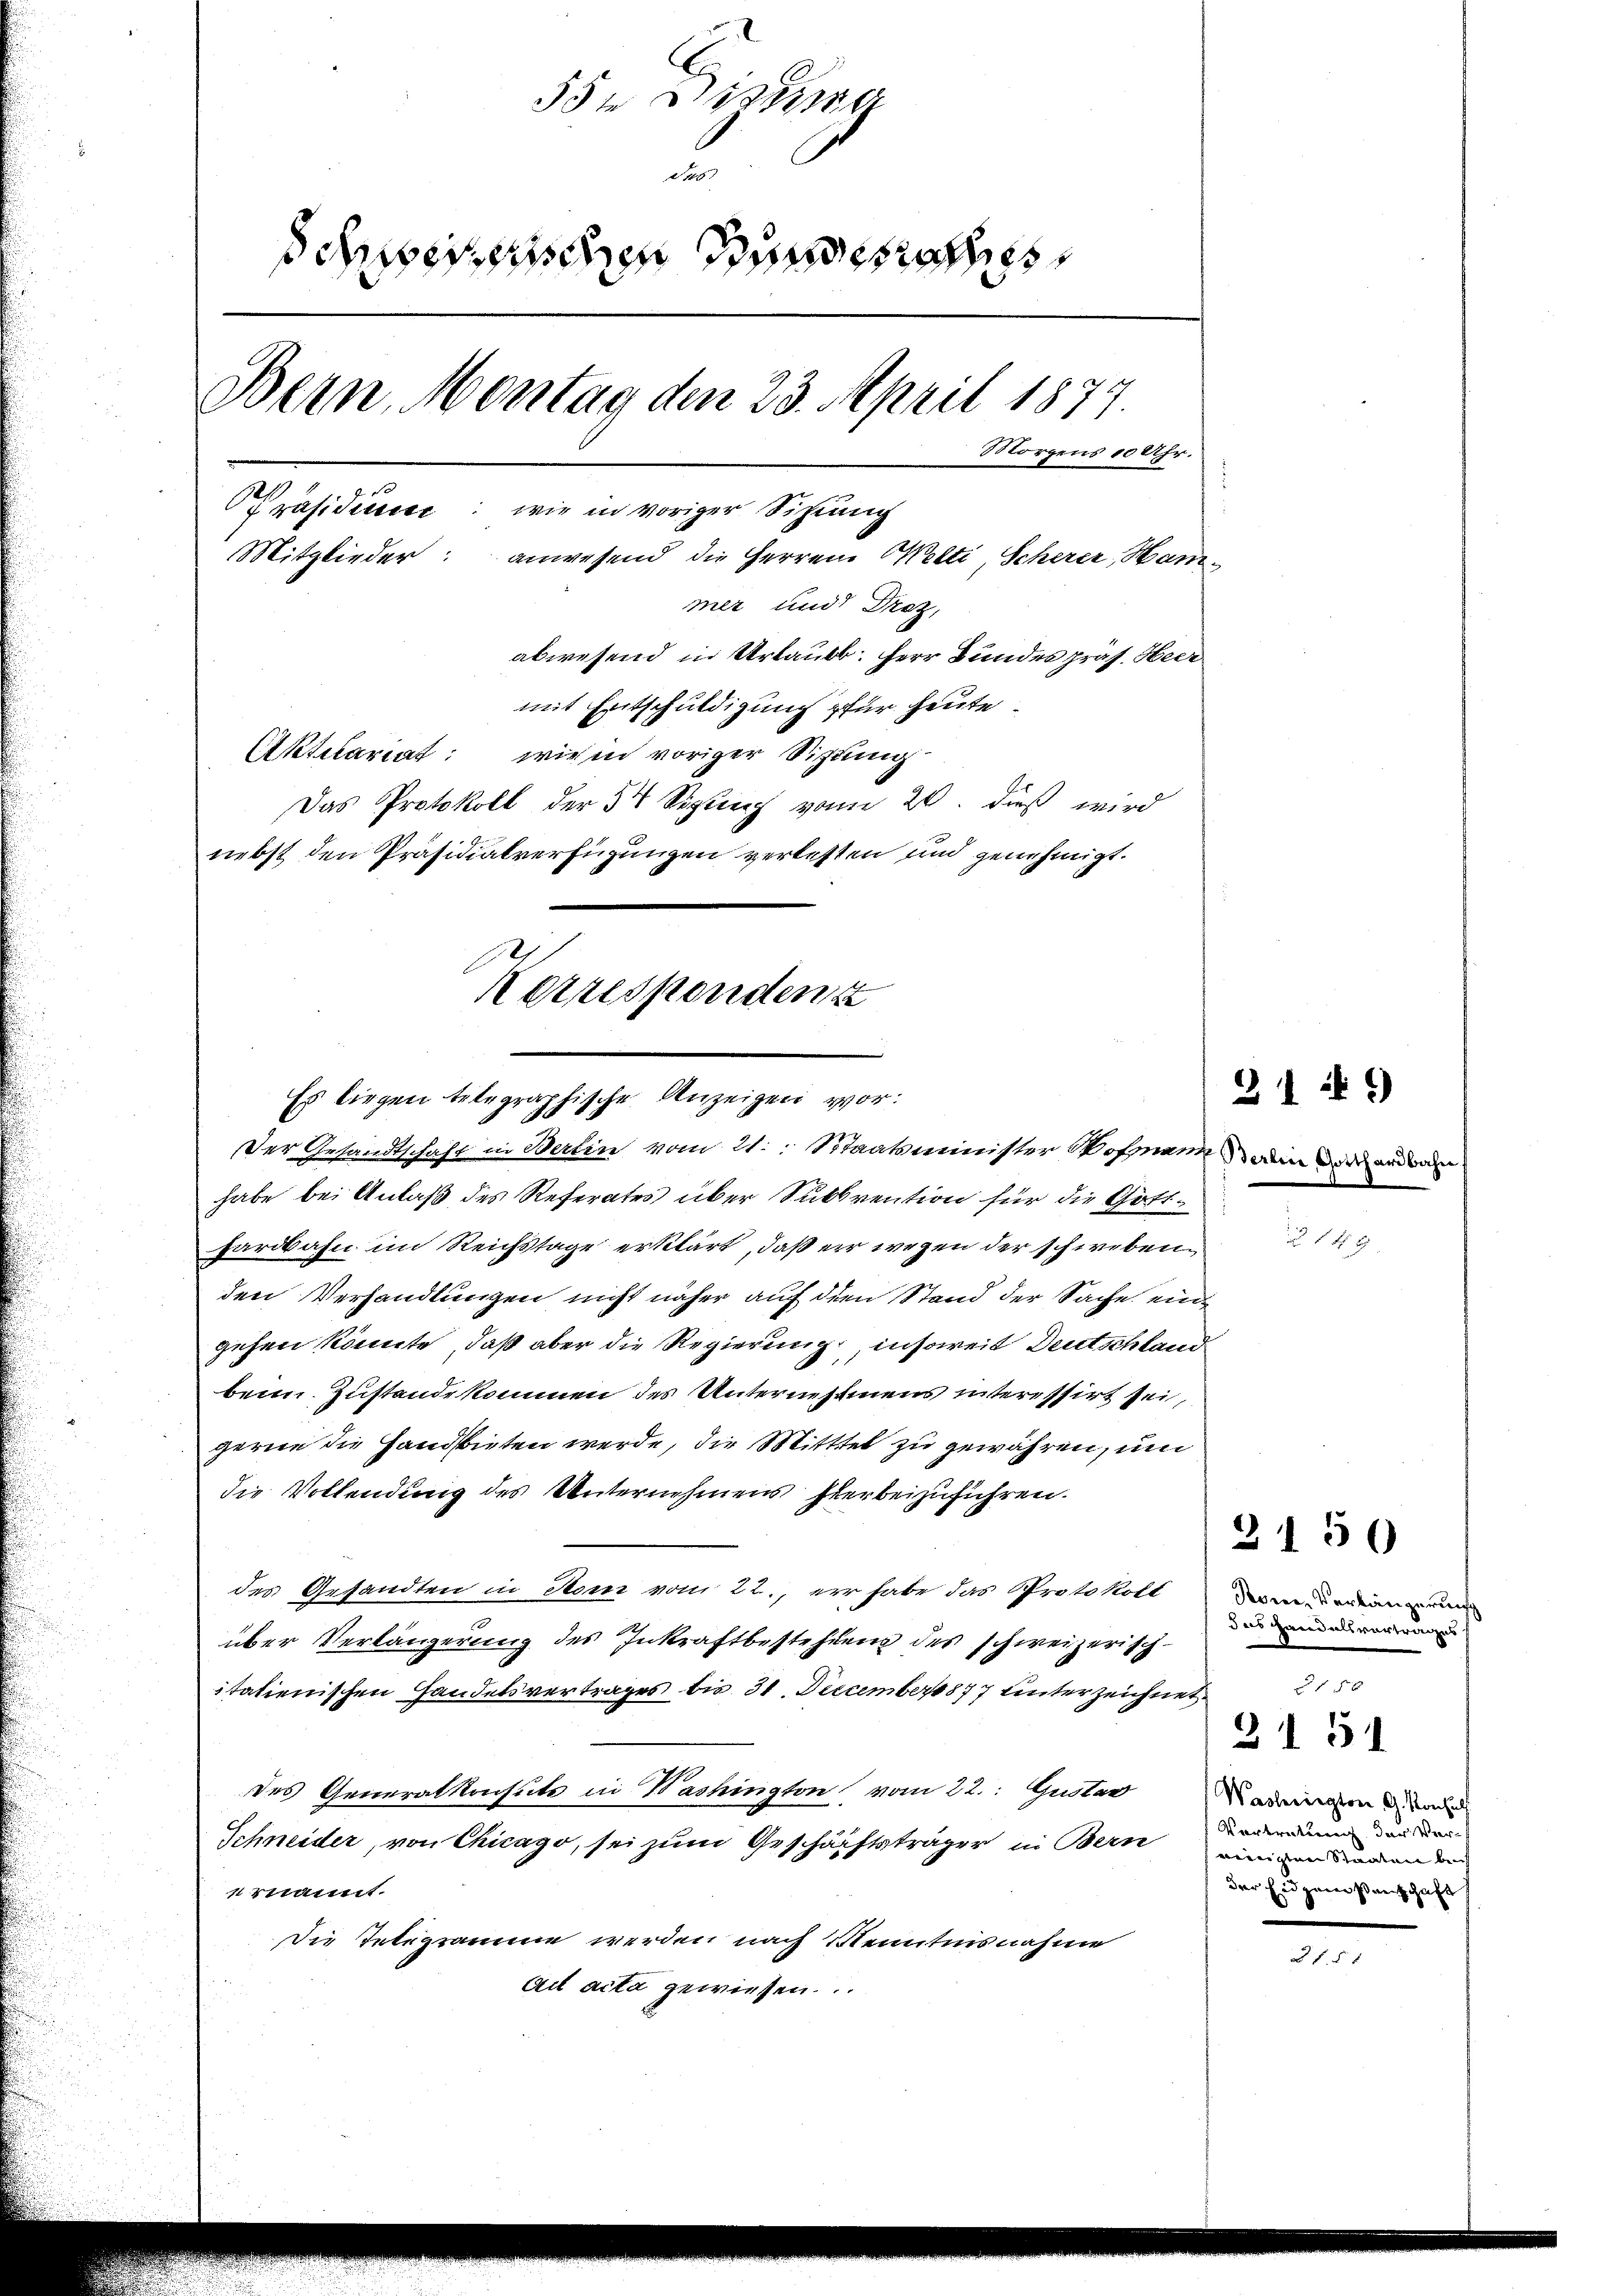
55. Distra
61
Schuberischen und eines
Bern, Montag den 23. April 1877
Morgens 10 Uhr.
PPräsidieren: wie in voriger Sitzung
Mitglieder: anwesend die Herren Welti, Scherer, Hammer und Draz,
abwesend in Urlaubb. Herr Bundes präs. Heer
mit Entschuldigung für heute.
Aktclariat: wie in voriger Sitzung
Das Protokoll der 54 Sizung vom 20. dieß wird
nebst den Präsidialverfügungen verlesten und genehmigt.

Korrespondenz
Es liegen telegraphische Anzeigen vor:
Der Gesandtschaft in Berlin vom 21. : Staatsminister Wofmann in der andere

habe bei Anlaß des Referates über Subvention für die Gotthardbahn im Reichstage erklärt, daß er wegen der schwebenden Verhandlungen nicht näher auf dien Stand der Sache ein
gehen könnte, daß aber die Regierung insoweit Deutschland
bein Zustande kommen des Unternehmens interessirt sei,
gerne die Handbieten werde, die Mittel zu gewähren, um
die Vollendung des Unternehmens hier beizuführen.
des Gesandten in Recen vom 22., er habe das Protokoll
über Verlängerung des Inkraftbestehung des schweizerischitalienischen Handelsvertrages bis 31. December 1877 unterzeichnet.
des Generalkonsuls in Washington vom 22. Gustav
Schneider, von Chicago, sei zum Geschäftsträger in Bern einigen denen den
rnannt.
Die Telegramme werden nach Kenntnisnahme
Ai acta gewiesen.

21

Poren, Verlängerung
das Handelsvertrages
f 15 x
21 51
Washington G. Konsul
Vertretung der Verder Eidgensenschaft

3150